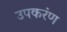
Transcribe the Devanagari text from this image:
उपकरंण